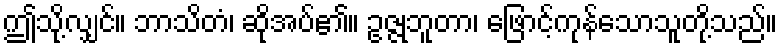
ဤသို့လျှင်။ ဘာသိတံ၊ ဆိုအပ်၏။ ဥဇ္ဇုဘူတာ၊ ဖြောင့်ကုန်သောသူတို့သည်။